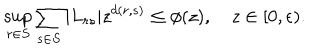
LaTeX: \sup _ { r \in S } { \sum _ { s \in S } { | L _ { r s } | z ^ { d ( r , s ) } \le \phi ( z ) } } , \quad z \in [ 0 , \epsilon ) .